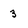
Character: 3